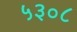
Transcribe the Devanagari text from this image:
५३०८